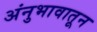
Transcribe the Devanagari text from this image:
अंनुभावातून